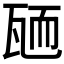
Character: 𦓓